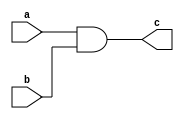
module AND(c,a,b);
output c;
input a,b;
wire d;
nand(d,a,b);
nand(c,d,d);
endmodule